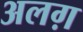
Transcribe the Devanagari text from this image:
अलग़